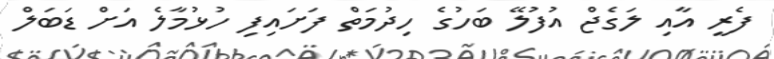
ފެރީ އާއި ލަގެޖް އުފުލޭ ބަހުގެ ހިދުމަތް ފަށައިފި ހުޅުމާލެ އަށް ޑަބަލް